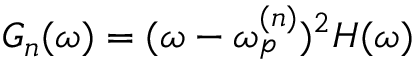
G _ { n } ( \omega ) = ( \omega - \omega _ { p } ^ { ( n ) } ) ^ { 2 } H ( \omega )